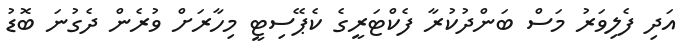
އަދި ފެލިވަރު މަސް ބަންދުކުރާ ފެކްޓަރީގެ ކެޕޭސިޓީ މިހާރަށް ވުރެން ދެގުނަ ބޮޑު